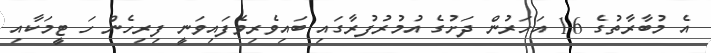
އެ މުބާރާތުގެ 16 އަހަރުން ދަށުގެ އުމުރުފުރާގައި ބައިވެރިވެފައިވަނީ ފިރިހެން ހަ ޓީމަކާއި